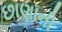
છાણાની